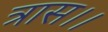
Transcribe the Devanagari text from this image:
त्रास।।